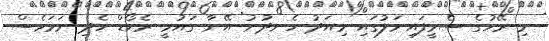
މި ރޭހުގެ ސެމީފައިނަލުގައި މިއަދު ހެނދުނު އޭނާ ގައުމީ ރެކޯޑް ހެދި ނަމަވެސް